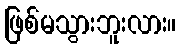
ဖြစ်မသွားဘူးလား။